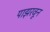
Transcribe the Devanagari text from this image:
पाझरवून